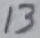
Text: 13